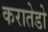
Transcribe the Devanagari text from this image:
करातेडो